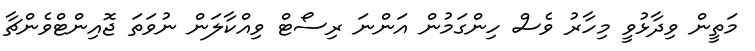
މަތީން ވިދާޅުވީ މިހާރު ވެސް ހިންގަމުން އަންނަ ރިސޯޓް ވިއްކާލަން ނުވަތަ ޖޮއިންޓްވެންޗާ